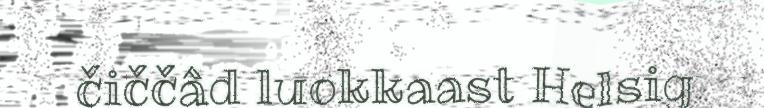
čiččâd luokkaast Helsig